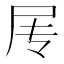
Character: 𰍱